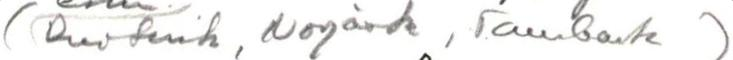
( /Ruotsista, Norjasta, Tanskasta )